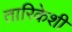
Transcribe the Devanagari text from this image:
तारिकेशी